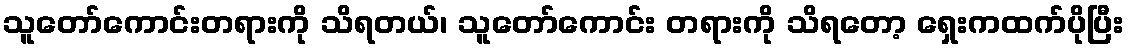
သူတော်ကောင်းတရားကို သိရတယ်၊ သူတော်ကောင်း တရားကို သိရတော့ ရှေးကထက်ပိုပြီး